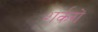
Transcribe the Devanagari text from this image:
शर्करों